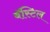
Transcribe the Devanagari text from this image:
बॅस्टिल